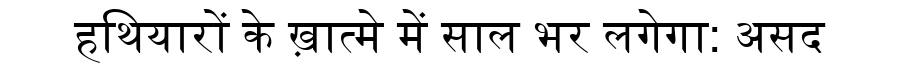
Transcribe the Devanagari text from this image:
हथियारों के ख़ात्मे में साल भर लगेगा: असद